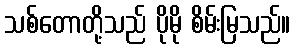
သစ်တောတို့သည် ပိုမို စိမ်းမြသည်။